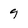
Character: 9